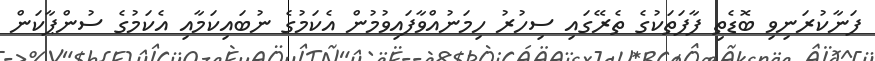
ފަނާކުރަނިވި ބޮޑެތި ފާފަތަކުގެ ތެރޭގައި ސިހުރު ހިމަނުއްވާފައިވުމުން އެކަމުގެ ނުބައިކަމާއި އެކަމުގެ ސުންޕާކަން